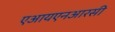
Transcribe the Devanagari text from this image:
एआयएनआरसी